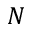
N